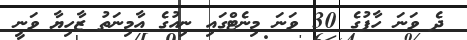
ދެ ވަނަ ހާފުގެ 30 ވަނަ މިނެޓްގައި ނިއުގެ އާމިނަތު ޒާހިޔާ ވަނީ